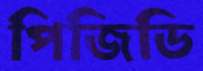
পিজিডি